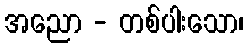
အညော - တစ်ပါးသော၊